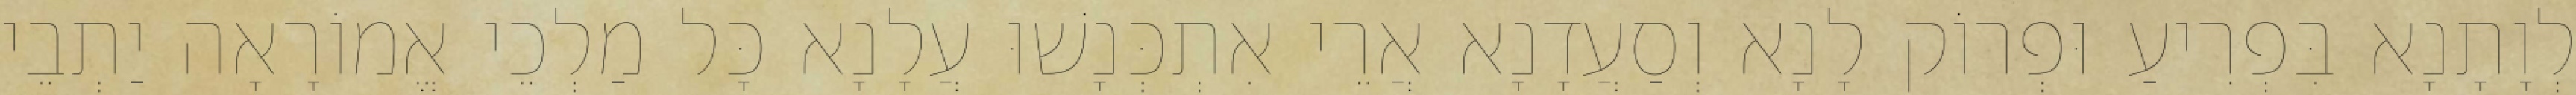
לְוָתָנָא בִּפְרִיעַ וּפְרוֹק לָנָא וְסַעֲדָנָא אֲרֵי אִתְכְּנָשׁוּ עֲלָנָא כָּל מַלְכֵי אֱמוֹרָאָה יַתְבֵי